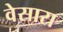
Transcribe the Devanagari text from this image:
वेसारा